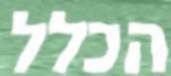
הכלל